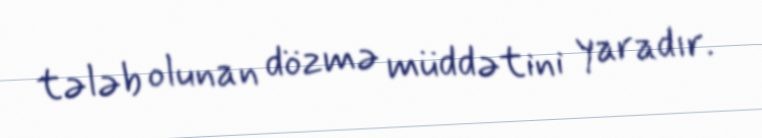
tələb olunan dözmə müddətini yaradır.